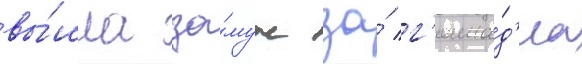
вы́шла за́муж за́ г'енна́д'иа